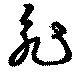
昶